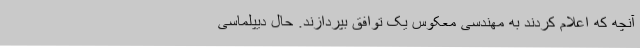
آنچه که اعلام کردند به مهندسی معکوس یک توافق بپردازند. حال دیپلماسی